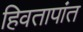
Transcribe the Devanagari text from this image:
हिवतापांत